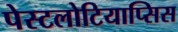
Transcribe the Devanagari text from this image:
पेस्टलोटियाप्सिस